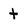
Character: t